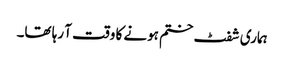
ہماری شفٹ ختم ہونے کا وقت آ رہا تھا۔